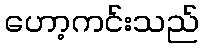
ဟော့ကင်းသည်